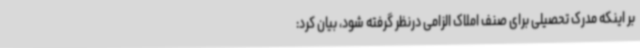
بر اینکه مدرک تحصیلی برای صنف املاک الزامی درنظر گرفته شود، بیان کرد: